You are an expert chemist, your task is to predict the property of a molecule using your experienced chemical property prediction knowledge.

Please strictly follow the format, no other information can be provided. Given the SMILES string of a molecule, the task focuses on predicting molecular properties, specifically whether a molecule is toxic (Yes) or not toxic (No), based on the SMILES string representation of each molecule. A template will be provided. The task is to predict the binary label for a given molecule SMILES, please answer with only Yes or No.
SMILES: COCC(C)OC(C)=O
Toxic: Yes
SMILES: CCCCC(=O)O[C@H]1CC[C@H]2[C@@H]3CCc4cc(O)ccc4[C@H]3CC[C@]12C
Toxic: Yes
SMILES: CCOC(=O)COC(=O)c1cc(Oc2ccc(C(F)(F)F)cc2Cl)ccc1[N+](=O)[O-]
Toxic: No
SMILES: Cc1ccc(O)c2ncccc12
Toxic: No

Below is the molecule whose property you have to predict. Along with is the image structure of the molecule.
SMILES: CC(C)CC(O)Cc1ccccc1
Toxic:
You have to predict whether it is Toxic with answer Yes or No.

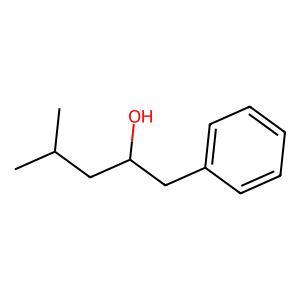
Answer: No